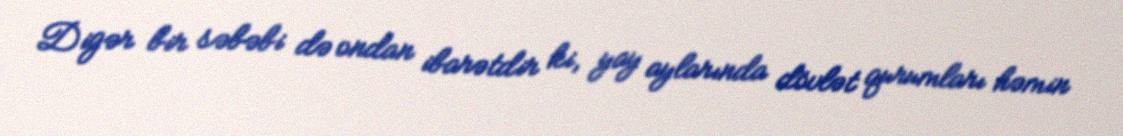
Digər bir səbəbi də ondan ibarətdir ki, yay aylarında dövlət qurumları həmin